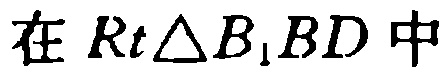
在 \(Rt\triangle B_{1}BD\) 中